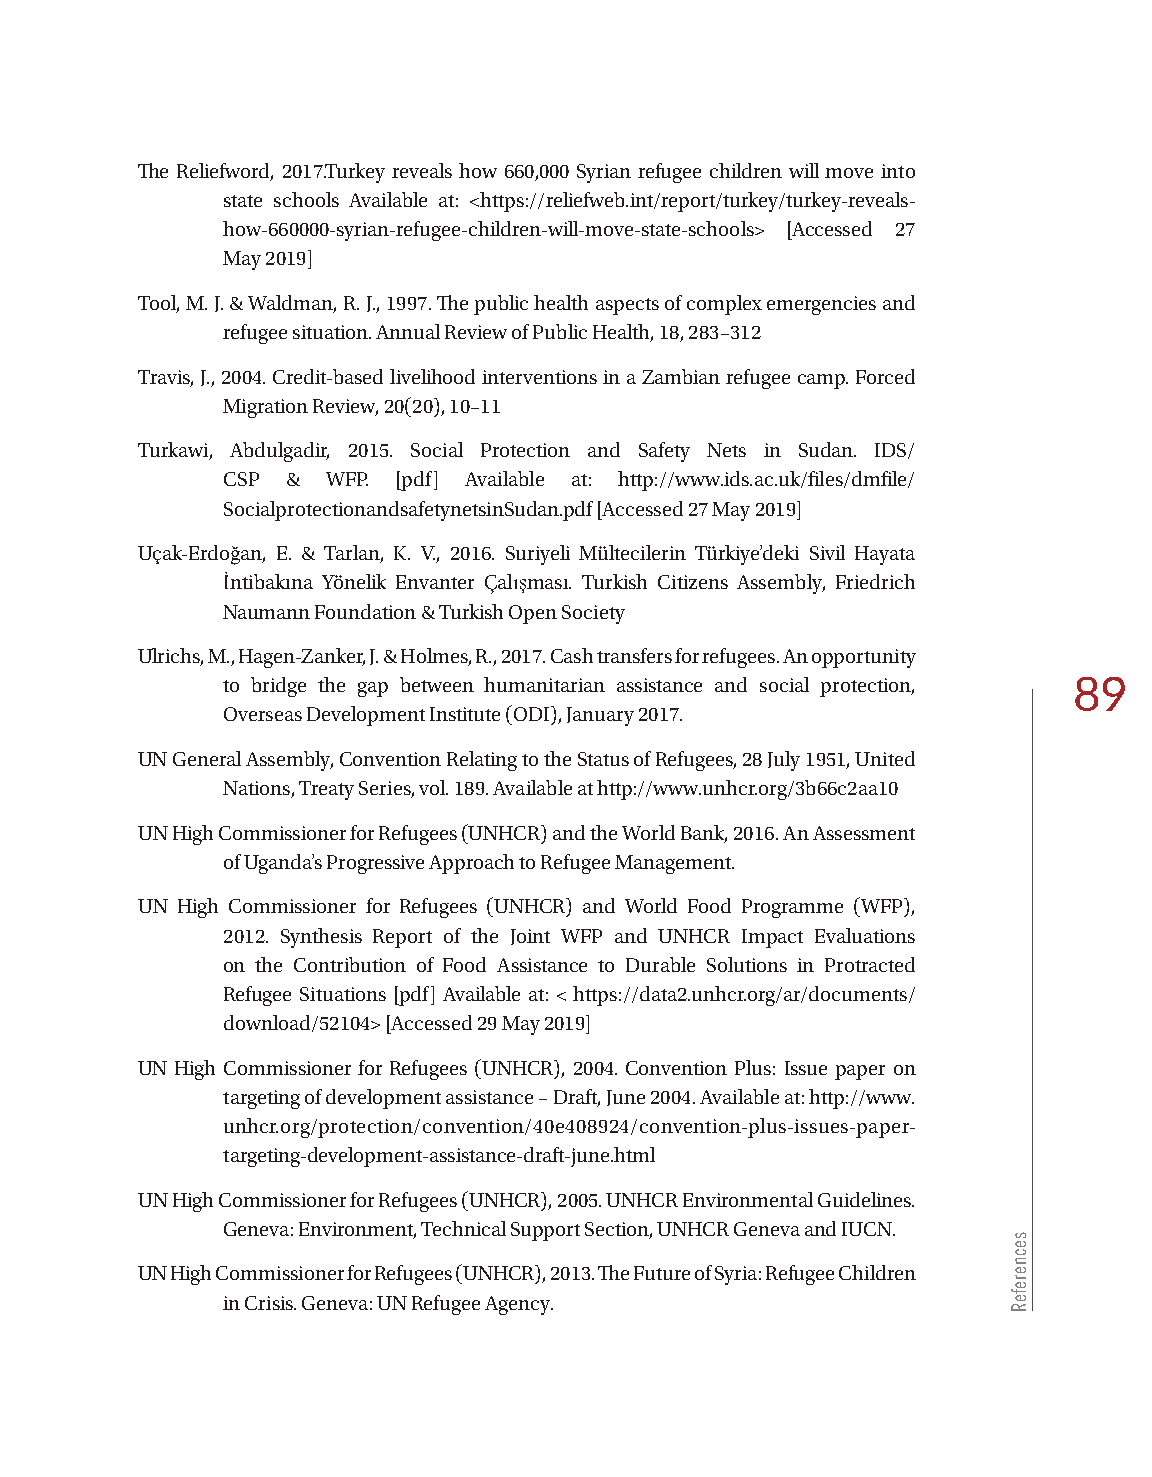
The Reliefword, 2017.Turkey reveals how 660,000 Syrian refugee children will move into
 state schools Available at: <https://reliefweb.int/report/turkey/turkey-reveals-
 how-660000-syrian-refugee-children-will-move-state-schools> [Accessed 27
 May 2019]
 Tool, M. J. & Waldman, R. J., 1997. The public health aspects of complex emergencies and
 refugee situation. Annual Review of Public Health, 18, 283–312
 Travis, J., 2004. Credit-based livelihood interventions in a Zambian refugee camp. Forced
 Migration Review, 20(20), 10–11
 Turkawi, Abdulgadir, 2015. Social Protection and Safety Nets in Sudan. IDS/
 CSP &  WFP. [pdf] Available at: http://www.ids.ac.uk/files/dmfile/
 SocialprotectionandsafetynetsinSudan.pdf [Accessed 27 May 2019]
 Uçak-Erdoğan, E. & Tarlan, K. V., 2016. Suriyeli Mültecilerin Türkiye’deki Sivil Hayata
 İntibakına Yönelik Envanter Çalışması. Turkish Citizens Assembly, Friedrich
 Naumann Foundation & Turkish Open Society
 Ulrichs, M., Hagen-Zanker, J. & Holmes, R., 2017. Cash transfers for refugees. An opportunity
 to bridge the gap between humanitarian assistance and social protection, 89
 Overseas Development Institute (ODI), January 2017.
 UN General Assembly, Convention Relating to the Status of Refugees, 28 July 1951, United
 Nations, Treaty Series, vol. 189. Available at http://www.unhcr.org/3b66c2aa10
 UN High Commissioner for Refugees (UNHCR) and the World Bank, 2016. An Assessment
 of Uganda’s Progressive Approach to Refugee Management.
 UN High Commissioner for Refugees (UNHCR) and World Food Programme (WFP),
 2012. Synthesis Report of the Joint WFP and UNHCR Impact Evaluations
 on the Contribution of Food Assistance to Durable Solutions in Protracted
 Refugee Situations [pdf] Available at: < https://data2.unhcr.org/ar/documents/
 download/52104> [Accessed 29 May 2019]
 UN High Commissioner for Refugees (UNHCR), 2004. Convention Plus: Issue paper on
 targeting of development assistance – Draft, June 2004. Available at: http://www.
 unhcr.org/protection/convention/40e408924/convention-plus-issues-paper-
 targeting-development-assistance-draft-june.html
 UN High Commissioner for Refugees (UNHCR), 2005. UNHCR Environmental Guidelines.
 Geneva: Environment, Technical Support Section, UNHCR Geneva and IUCN.
 UN High Commissioner for Refugees (UNHCR), 2013. The Future of Syria: Refugee Children
 in Crisis. Geneva: UN Refugee Agency.
 secnerefeR